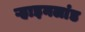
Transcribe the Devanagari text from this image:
ऱ्हाइनलांड